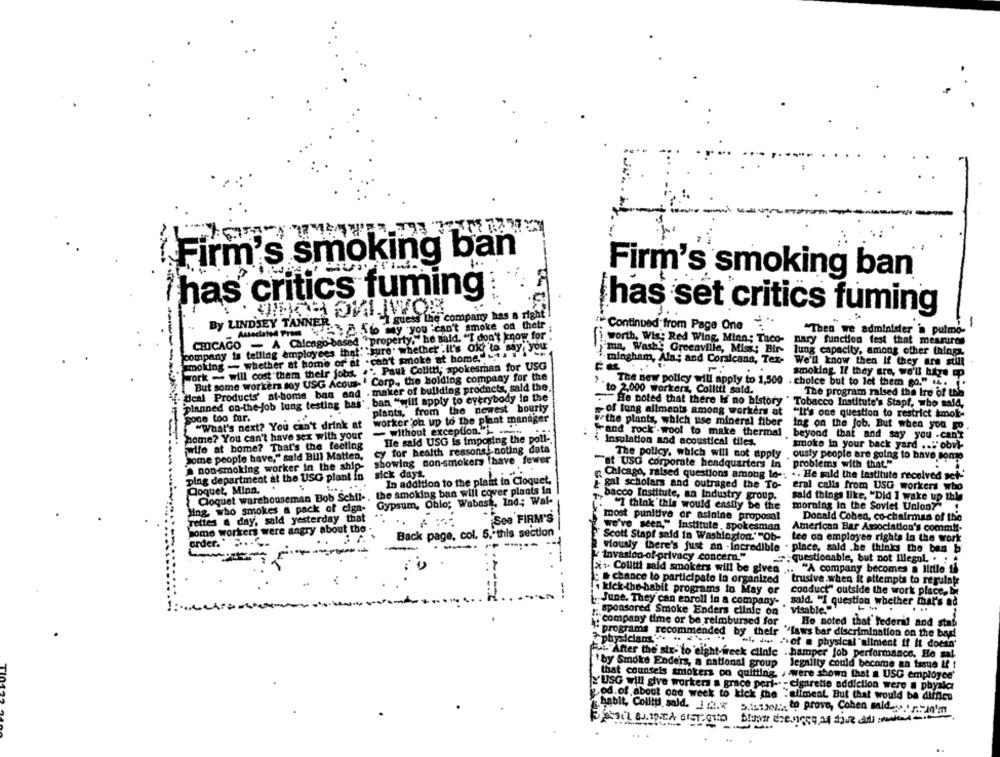
Firm's smoking ban
Firm's smoking ban
has critics fuming
"I guess the company has a right
has set critics fuming
By LINDSEY TANNER
Auschated Press to my you can't smoke on their
Continued from Page One
"Then we adminider a pulmo-
CHICAGO - A Chicago-based "property,"he said. "I don't know for"!"
worth, Wis: Red Wing, Minn ; Taco-
Bary function fest that measures
company is telling employees that" sure whether".It's ok to say you
"ma, Washe Greenville, Miss .; Bir-
lung capacity, among other things,
.smolung - whether at home or' at . can't smoke at home.""""
-mingham, Ala .; and Corsicana, Tex-
We'll know then if they are still
work - will cost them their jobs. . ". Paul Colitt, spokesman for USG
But some workers soy USG Acous- ' Corp ., the holding company for the
smoking If they are, we'll biye op
tical Products' at-home ban and . maker of building products, sald the.
The new policy will apply to 1,500 . choice but to let them go." i.
to 2,000 workers, Colltti said.
The program raised the Ire of the
planned on-the- job lung testing has' , ban "will apply to everybody in the
- He noted that there is no history
plants, from the newest hourly
Tobacco Institute's Stapf, who said,
„of lung aliments among workers at "It's one question to restrict kmok-
gone too far.
"What's next? You can't drink at
worker oh up to the plant manager
orthe plants, which use mineral fiber ing on the Job. But when you go
- without exception." .
Fand rock wool to make thermal
home? You can't have sex with your .
He said USG is imposing the poll -.
beyond that and say you .can't
wife at home? That's the feeling
Insulation and acoustical tiles.
smoke In your back yard ... obvi-
cy for health reasons .. noting data
Some people have," said Bill Matten,
showing non-smokers lhave fewer
The policy, which will not apply ,ously people are going to have some
non-smoking worker in the ship-
"et USG corporate headquarters In problems with that."
ping department at the USG plant in
sick days
Chicago, raised questions among le -. .. He sald the Institute received set'
In addition to the plant in Cloquet,
gal scholars and outraged the To-
Coquet, Minn.
Cloquet warehouseman Bob Schil -, the smoking ban will cover plants in
eral calls from USG workers who
bacco Institute, an Industry group.
said things like, "Did ] wake up this
Hing, who smokes a pack of ciga-
Gypsum, Oblo; Wabash, Ind; Wal-
I think this would enstiy be the
moralag in the Soviet Union?"
Tettes a day, sald yesterday that
See FIRM'S
most punitive or asinine proposal
Donald Coben, co-chairman of the
some workers were angry about the
we've seen," Institute , spokesman
American Bar Association's commir-
Back page, col. 5. this section
Scott Stapf said in Washington.""Ob-
tee on employee rights in the work
order." > .. "-
Viously there's just an . Incredible . place, sald . he thinks the ban b
invasion of privacy concern."
:questionable, but not Illegal . " "
i : Colitti said smokers will be given ...
"A company becomes a little' si
chance to participate lo organized
trusive.when it attempts to regulate
kick-the-habit programs in May or
- - -
conduct" outside the work place, be
June. They can enroll in a company-
sald. "I question whether that's ad
sponsored Smoke Enders clinic on
Visable.
"company time or be reimbursed for
Ho noted that Federal and stab
"programs recommended by their "laws bar discrimination on the bari
physicians ... ..
.i. he "of a physical "aliment if it doesn'
Fai. After the six- to elght-freek clinle . hamper job performance, He sal-
" by Smoke Enders, a national group
Jegnilty could become an issue &! !
that counsels smokers on quitting, , were shown that a USG employee'
'USG will give workers a grace peri -- - cigarette addiction were a physla
.od.of about one week to kick the "aliment But that would be diffien
. habit, Collty sald. If.x
5.1513 .: to prove, Cohen said.s . r .:- 10'mt
blusa erences,at but alsodead-